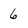
Character: 6